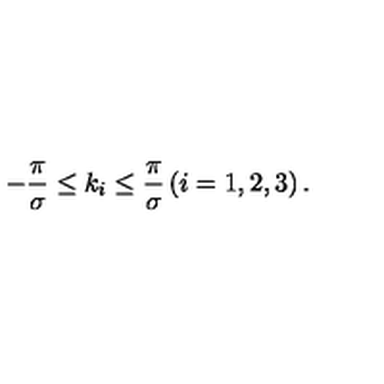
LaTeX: - { \frac { \pi } { \sigma } } \leq k _ { i } \leq { \frac { \pi } { \sigma } } \left( i = 1 , 2 , 3 \right) .